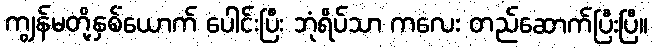
ကျွန်မတို့နှစ်ယောက် ပေါင်းပြီး ဘုံရိပ်သာ ကလေး တည်ဆောက်ပြီးပြီ။